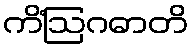
ကိံဩဂဓာတိ